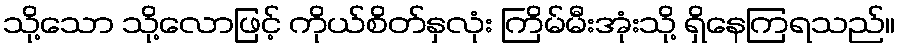
သို့သော သို့လောဖြင့် ကိုယ်စိတ်နှလုံး ကြိမ်မီးအုံးသို့ ရှိနေကြရသည်။